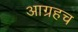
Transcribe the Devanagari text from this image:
आग्रहच